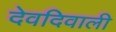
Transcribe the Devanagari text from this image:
देवदिवाली